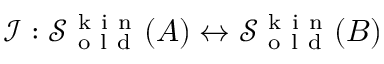
\mathcal { I } : \mathcal { S } _ { \mathrm { ~ o ~ l ~ d ~ } } ^ { \mathrm { ~ k ~ i ~ n ~ } } ( A ) \leftrightarrow \mathcal { S } _ { \mathrm { ~ o ~ l ~ d ~ } } ^ { \mathrm { ~ k ~ i ~ n ~ } } ( B )